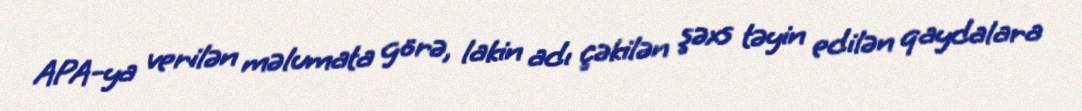
APA-ya verilən məlumata görə, lakin adı çəkilən şəxs təyin edilən qaydalara